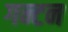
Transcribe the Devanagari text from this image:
गन्टन